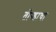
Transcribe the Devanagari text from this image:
तोन्डाचा